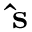
\mathbf { \hat { s } }